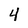
Character: 4